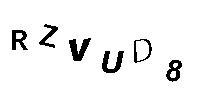
RZVUD8